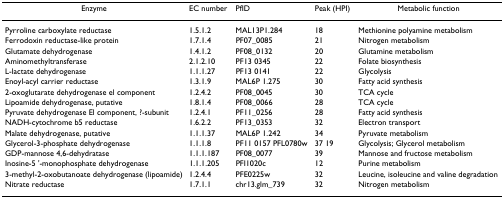
<table><thead><tr><td><b>Enzyme</b></td><td><b>EC number</b></td><td><b>PfID</b></td><td><b>Peak (HPI)</b></td><td><b>Metabolic function</b></td></tr></thead><tbody><tr><td>Pyrroline carboxylate reductase</td><td>1.5.1.2</td><td>MAL13P1.284</td><td>18</td><td>Methionine polyamine metabolism</td></tr><tr><td>Ferrodoxin reductase-like protein</td><td>1.7.1.4</td><td>PF07_0085</td><td>21</td><td>Nitrogen metabolism</td></tr><tr><td>Glutamate dehydrogenase</td><td>1.4.1.2</td><td>PF08_0132</td><td>20</td><td>Glutamine metabolism</td></tr><tr><td>Aminomethyltransferase</td><td>2.1.2.10</td><td>PF13 0345</td><td>22</td><td>Folate biosynthesis</td></tr><tr><td>L-lactate dehydrogenase</td><td>1.1.1.27</td><td>PF13 0141</td><td>22</td><td>Glycolysis</td></tr><tr><td>Enoyl-acyl carrier reductase</td><td>1.3.1.9</td><td>MAL6P 1.275</td><td>30</td><td>Fatty acid synthesis</td></tr><tr><td>2-oxoglutarate dehydrogenase el component</td><td>1.2.4.2</td><td>PF08_0045</td><td>30</td><td>TCA cycle</td></tr><tr><td>Lipoamide dehydrogenase, putative</td><td>1.8.1.4</td><td>PF08_0066</td><td>28</td><td>TCA cycle</td></tr><tr><td>Pyruvate dehydrogenase El component, ?-subunit</td><td>1.2.4.1</td><td>PF11_0256</td><td>28</td><td>Fatty acid synthesis</td></tr><tr><td>NADH-cytochrome b5 reductase</td><td>1.6.2.2</td><td>PF13_0353</td><td>32</td><td>Electron transport</td></tr><tr><td>Malate dehydrogenase, putative</td><td>1.1.1.37</td><td>MAL6P 1.242</td><td>34</td><td>Pyruvate metabolism</td></tr><tr><td>Glycerol-3-phosphate dehydrogenase</td><td>1.1.1.8</td><td>PF11 0157 PFL0780w</td><td>37 19</td><td>Glycolysis; Glycerol metabolism</td></tr><tr><td>GDP-mannose 4,6-dehydratase</td><td>1.1.1.187</td><td>PF08_0077</td><td>39</td><td>Mannose and fructose metabolism</td></tr><tr><td>Inosine-5 &#x27;-monophosphate dehydrogenase</td><td>1.1.1.205</td><td>PFI1020c</td><td>12</td><td>Purine metabolism</td></tr><tr><td>3-methyl-2-oxobutanoate dehydrogenase (lipoamide)</td><td>1.2.4.4</td><td>PFE0225w</td><td>32</td><td>Leucine, isoleucine and valine degradation</td></tr><tr><td>Nitrate reductase</td><td>1.7.1.1</td><td>chr13.glm_739</td><td>32</td><td>Nitrogen metabolism</td></tr></tbody></table>